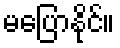
မပြောနိုင်။